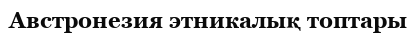
Австронезия этникалық топтары